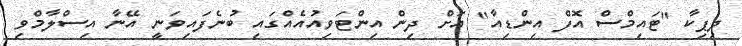
ދިޕިކާ "ޓައިމްސް އޮފް އިންޑިއާ" އަށް ދިން އިންޓަވިއުއެއްގައި ބުނެފައިވަނީ އޭނާ އިސްލާމްވި